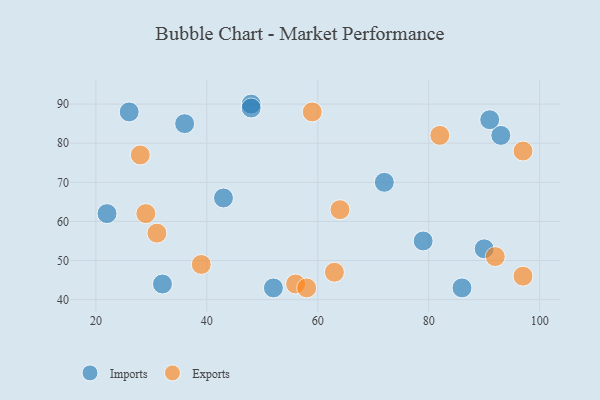
{"axis": {"x": "GDP", "y": "Life Expectancy"}, "legend": ["Exports", "Imports"], "data": [{"x": "48", "y": 90, "type": "Imports"}, {"x": "52", "y": 43, "type": "Imports"}, {"x": "43", "y": 66, "type": "Imports"}, {"x": "36", "y": 85, "type": "Imports"}, {"x": "22", "y": 62, "type": "Imports"}, {"x": "48", "y": 89, "type": "Imports"}, {"x": "90", "y": 53, "type": "Imports"}, {"x": "32", "y": 44, "type": "Imports"}, {"x": "93", "y": 82, "type": "Imports"}, {"x": "86", "y": 43, "type": "Imports"}, {"x": "26", "y": 88, "type": "Imports"}, {"x": "72", "y": 70, "type": "Imports"}, {"x": "91", "y": 86, "type": "Imports"}, {"x": "79", "y": 55, "type": "Imports"}, {"x": "97", "y": 78, "type": "Exports"}, {"x": "64", "y": 63, "type": "Exports"}, {"x": "29", "y": 62, "type": "Exports"}, {"x": "59", "y": 88, "type": "Exports"}, {"x": "82", "y": 82, "type": "Exports"}, {"x": "31", "y": 57, "type": "Exports"}, {"x": "92", "y": 51, "type": "Exports"}, {"x": "28", "y": 77, "type": "Exports"}, {"x": "97", "y": 46, "type": "Exports"}, {"x": "56", "y": 44, "type": "Exports"}, {"x": "39", "y": 49, "type": "Exports"}, {"x": "58", "y": 43, "type": "Exports"}, {"x": "63", "y": 47, "type": "Exports"}]}